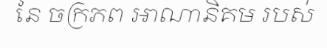
នៃ ចក្រភព អាណានិគម របស់